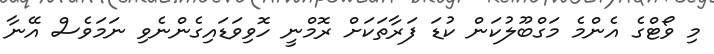
މި ވޯޓްގެ އެންމެ މަގްބޫލުކަން ކުޑަ ފަރާތަކަށް ރޮމްނީ ހޮވިވަޑައިގެންނެވި ނަމަވެސް އޭނާ